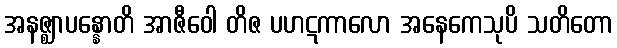
အနဇ္ဈာပန္နောတိ အာဇီဝေါ တိဇ ပဟဋကာလော အနေကေသုပိ သတိတော